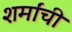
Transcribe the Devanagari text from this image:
शर्मांची